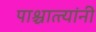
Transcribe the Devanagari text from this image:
पाश्चात्त्यांनी